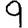
Digit: 9